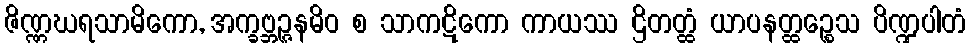
ဇိဏ္ဏဃရသာမိကော, အက္ခဗ္ဘဉ္ဇနမိဝ စ သာကဋိကော ကာယဿ ဌိတတ္ထံ ယာပနတ္ထဉ္စေသ ပိဏ္ဍပါတံ